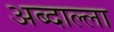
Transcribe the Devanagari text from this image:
अब्दाल्ला